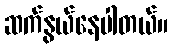
ဆက်နွယ်နေပါတယ်။